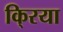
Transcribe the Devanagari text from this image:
कि्रया